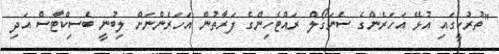
"ތުރުކީގައި އުޅޭ އަހަރެންގެ ސެނަގޯލް ރައްޓެހިންގެ ފަރާތުން އަހަރެންނަށް ލިބުނީ ބެސިކްޓާސް އަދި